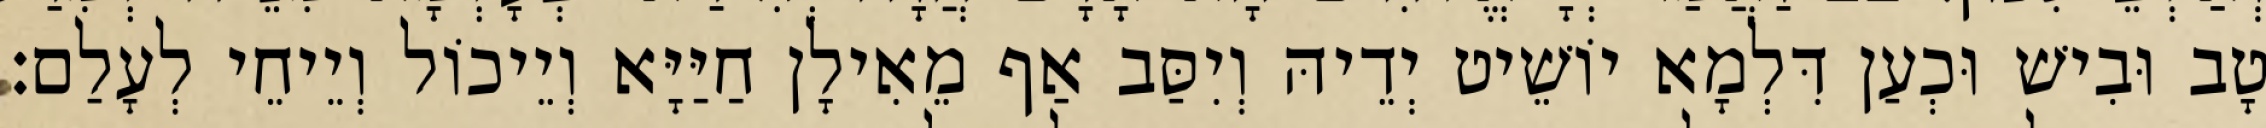
טָב וּבִישׁ וּכְעַן דִּלְמָא יוֹשֵׁיט יְדֵיהּ וְיִסַּב אַף מֵאִילָן חַיַּיָּא וְיֵיכוֹל וְיֵיחֵי לְעָלַם׃